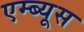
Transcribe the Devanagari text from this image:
एम्ब्यूस